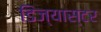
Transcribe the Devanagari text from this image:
डिज्यास्टर